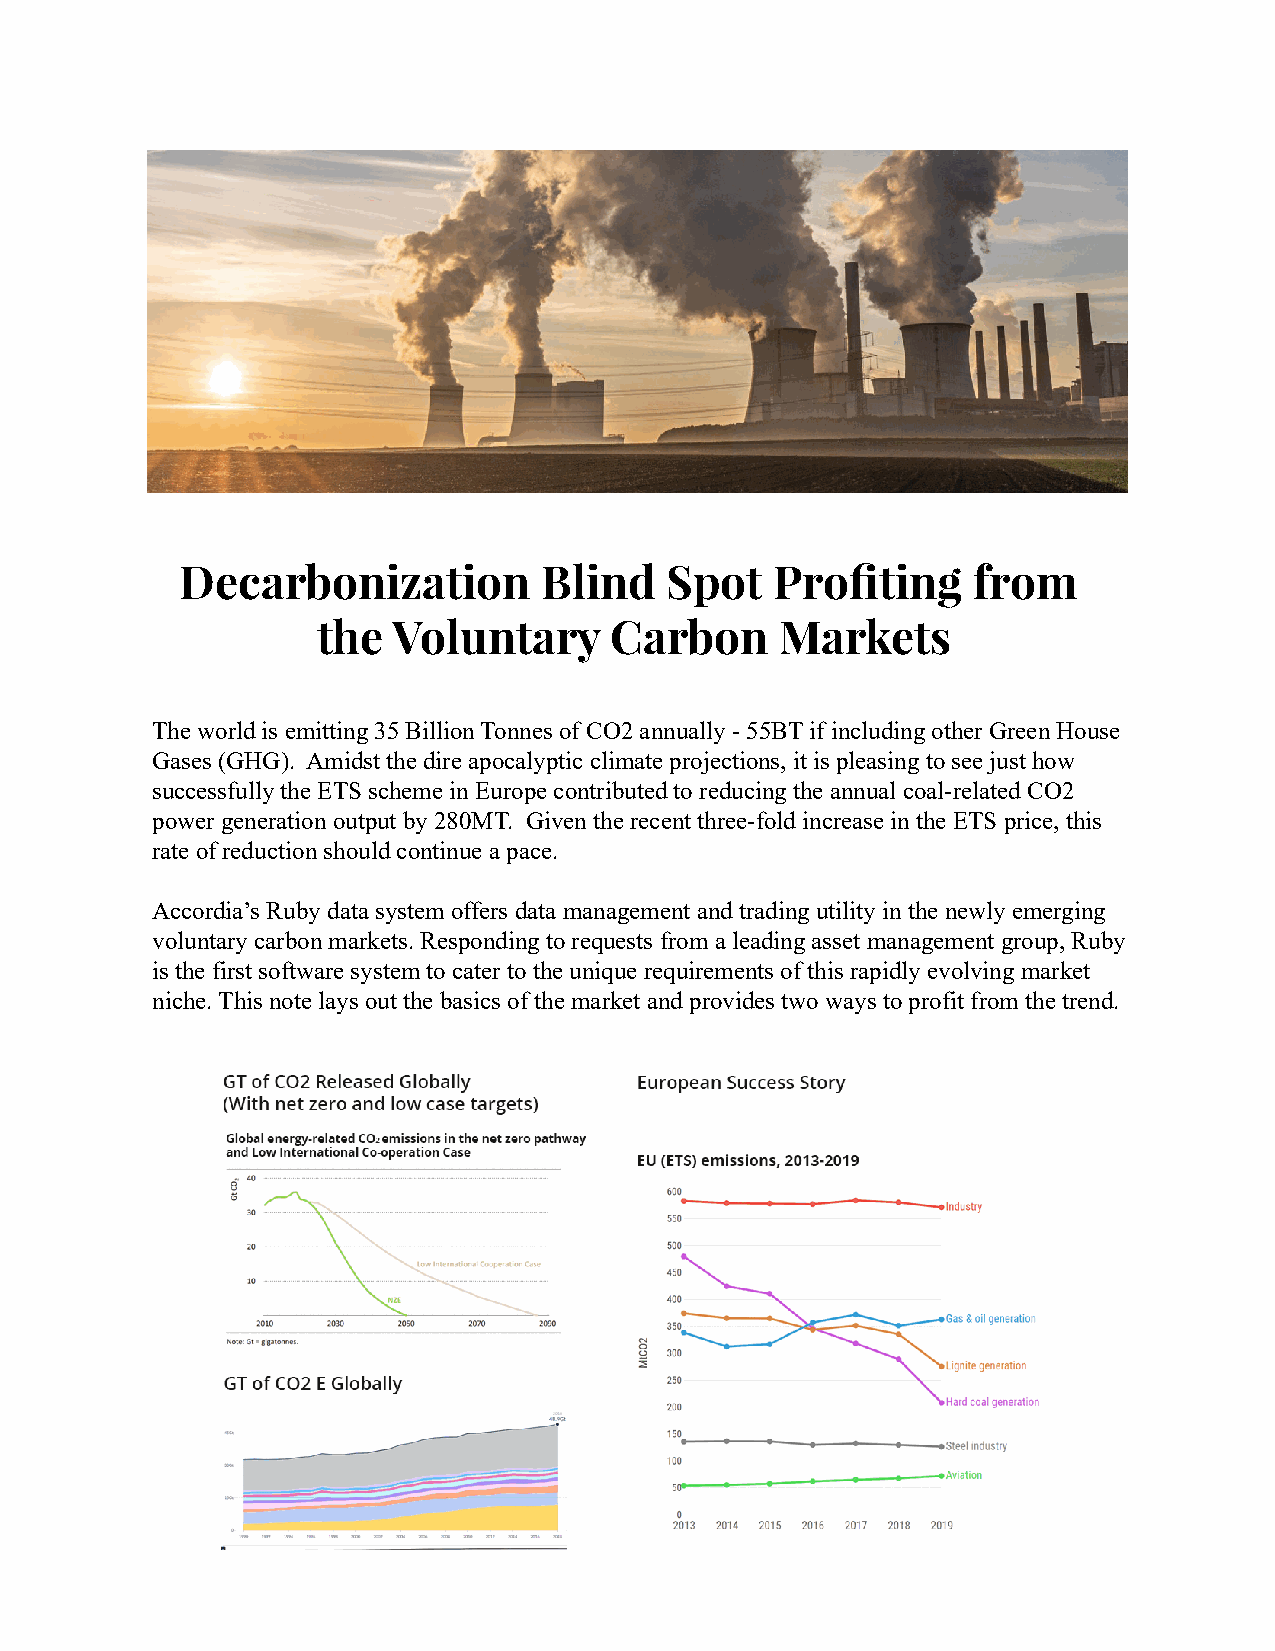
Decarbonization         Blind   Spot   Profiting    from
 the  Voluntary     Carbon      Markets
 The world is emitting 35 Billion Tonnes of CO2 annually - 55BT if including other Green House
 Gases (GHG). Amidst the dire apocalyptic climate projections, it is pleasing to see just how
 successfully the ETS scheme in Europe contributed to reducing the annual coal-related CO2
 power generation output by 280MT. Given the recent three-fold increase in the ETS price, this
 rate of reduction should continue a pace.
 Accordia’s Ruby data system offers data management and trading utility in the newly emerging
 voluntary carbon markets. Responding to requests from a leading asset management group, Ruby
 is the first software system to cater to the unique requirements of this rapidly evolving market
 niche. This note lays out the basics of the market and provides two ways to profit from the trend.